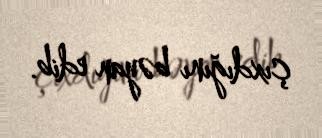
çıxdığını bəyan edib.